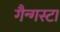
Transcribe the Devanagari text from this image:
गैन्गस्टा